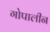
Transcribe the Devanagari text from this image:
गोपालीन